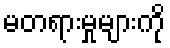
မတရားမှုများကို